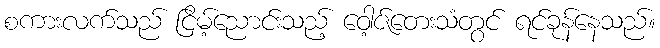
စကားလက်သည် ငြိမ့်ညောင်းသည့် ဝေါ့ဇ်တေးသံတွင် ရင်ခုန်နေသည်။